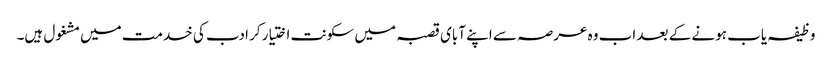
وظیفہ یاب ہونے کے بعد اب وہ عرصہ سے اپنے آبای قصبہ میں سکونت اختیار کر ادب کی خدمت میں مشغول ہیں۔